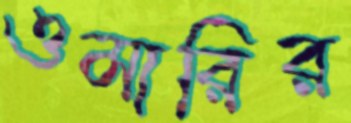
ওমারির